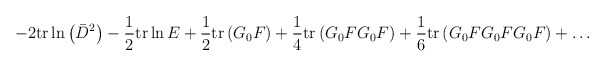
\begin{align*}-2\mathrm{tr}\ln\left(\bar{D}^2\right)-\frac{1}{2}\mathrm{tr}\ln E+\frac{1}{2}\mathrm{tr}\left(G_0F\right)+\frac{1}{4}\mathrm{tr}\left(G_0FG_0F\right)+\frac{1}{6}\mathrm{tr}\left(G_0FG_0FG_0F\right)+\ldots\end{align*}